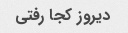
دیروز کجا رفتی